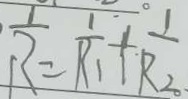
\frac { 1 } { R } = \frac { 1 } { R _ { 1 } } + \frac { 1 } { R _ { 2 } }